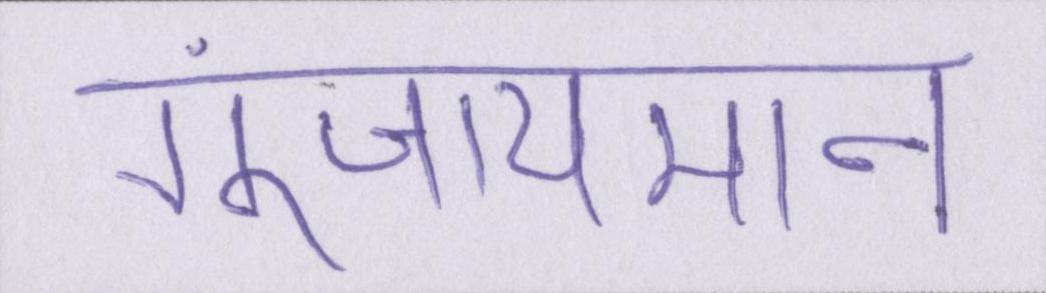
गुंजायमान